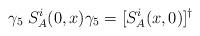
LaTeX: \begin{align*}\gamma_5 \; S_A^i(0,x)\gamma_5 = [S_A^i(x,0)]^\dagger\end{align*}